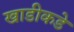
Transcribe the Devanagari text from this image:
खाडीकडे